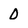
Character: 0